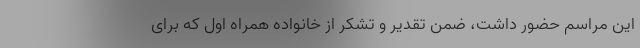
این مراسم حضور داشت، ضمن تقدیر و تشکر از خانواده همراه اول که برای